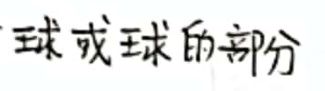
球或球的部分